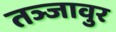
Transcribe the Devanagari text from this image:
तञ्जावुर